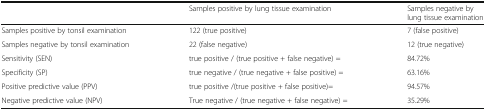
<table><thead><tr><td></td><td><b>Samples positive by lung tissue examination</b></td><td><b>Samples negative by lung tissue examination</b></td></tr></thead><tbody><tr><td>Samples positive by tonsil examination</td><td>122 (true positive)</td><td>7 (false positive)</td></tr><tr><td>Samples negative by tonsil examination</td><td>22 (false negative)</td><td>12 (true negative)</td></tr><tr><td>Sensitivity (SEN)</td><td>true positive / (true positive + false negative) =</td><td>84.72%</td></tr><tr><td>Specificity (SP)</td><td>true negative / (true negative + false positive) =</td><td>63.16%</td></tr><tr><td>Positive predictive value (PPV)</td><td>true positive /(true positive + false positive)=</td><td>94.57%</td></tr><tr><td>Negative predictive value (NPV)</td><td>True negative / (true negative + false negative) =</td><td>35.29%</td></tr></tbody></table>